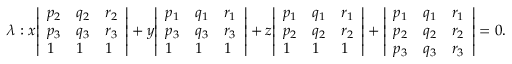
\lambda : x { \left| \begin{array} { l l l } { p _ { 2 } } & { q _ { 2 } } & { r _ { 2 } } \\ { p _ { 3 } } & { q _ { 3 } } & { r _ { 3 } } \\ { 1 } & { 1 } & { 1 } \end{array} \right| } + y { \left| \begin{array} { l l l } { p _ { 1 } } & { q _ { 1 } } & { r _ { 1 } } \\ { p _ { 3 } } & { q _ { 3 } } & { r _ { 3 } } \\ { 1 } & { 1 } & { 1 } \end{array} \right| } + z { \left| \begin{array} { l l l } { p _ { 1 } } & { q _ { 1 } } & { r _ { 1 } } \\ { p _ { 2 } } & { q _ { 2 } } & { r _ { 2 } } \\ { 1 } & { 1 } & { 1 } \end{array} \right| } + { \left| \begin{array} { l l l } { p _ { 1 } } & { q _ { 1 } } & { r _ { 1 } } \\ { p _ { 2 } } & { q _ { 2 } } & { r _ { 2 } } \\ { p _ { 3 } } & { q _ { 3 } } & { r _ { 3 } } \end{array} \right| } = 0 .